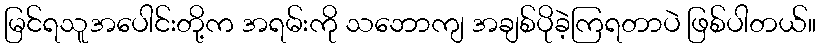
မြင်ရသူအပေါင်းတို့က အရမ်းကို သဘောကျ အချစ်ပိုခဲ့ကြရတာပဲ ဖြစ်ပါတယ်။